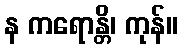
န ကရောန္တိ၊ ကုန်။